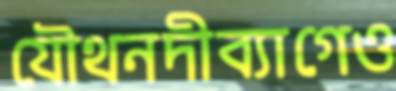
যৌথনদীব্যাগেও